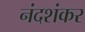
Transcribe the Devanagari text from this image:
नंदशंकर